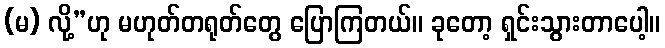
(မ) လို့”ဟု မဟုတ်တရုတ်တွေ ပြောကြတယ်။ ခုတော့ ရှင်းသွားတာပေါ့။